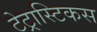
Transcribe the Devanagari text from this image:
टेट्रास्टिकस